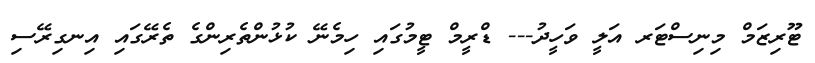
ޓޫރިޒަމް މިނިސްޓަރ އަލީ ވަހީދު--- ޑްރީމް ޓީމުގައި ހިމެނޭ ކުޅުންތެރިންގެ ތެރޭގައި އިނގިރޭސި